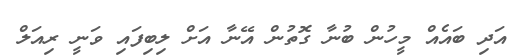
އަދި ބައެއް މީހުން ބުނާ ގޮތުން އޭނާ އަށް ލިބިފައި ވަނީ ރިއަލް